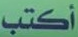
أكتب